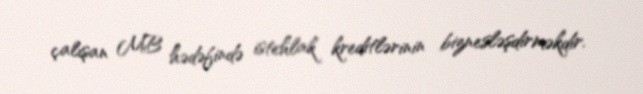
çalışan MB hədəfində istehlak kreditlərinin biznesləşdirməkdir.